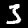
Digit: 3